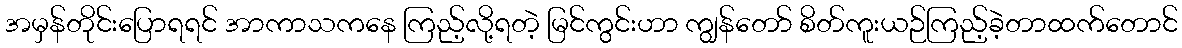
အမှန်တိုင်းပြောရရင် အာကာသကနေ ကြည့်လို့ရတဲ့ မြင်ကွင်းဟာ ကျွန်တော် စိတ်ကူးယဉ်ကြည့်ခဲ့တာထက်တောင်